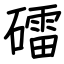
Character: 礌